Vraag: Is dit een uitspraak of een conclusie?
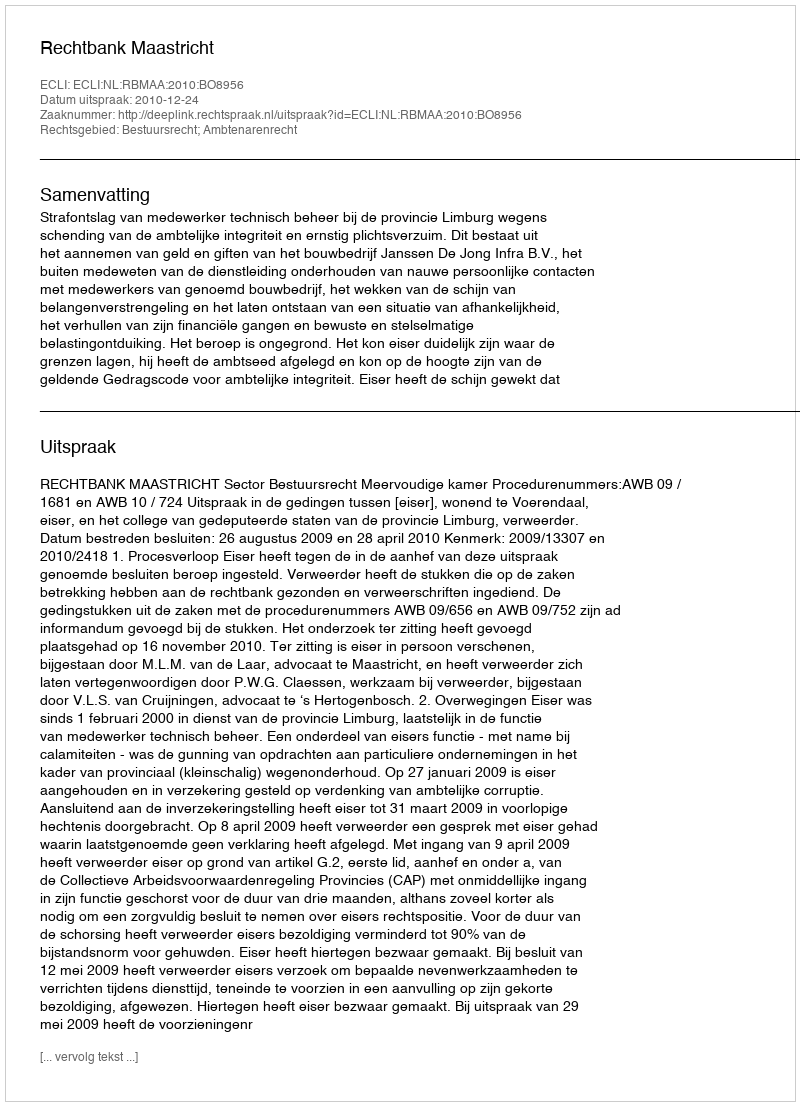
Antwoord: Uitspraak